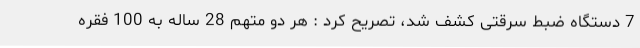
7 دستگاه ضبط سرقتی کشف شد، تصریح کرد : هر دو متهم 28 ساله به 100 فقره